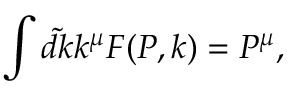
\int \tilde { d k } k ^ { \mu } F ( P , k ) = P ^ { \mu } ,